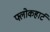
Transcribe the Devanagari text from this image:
फ्लोकहार्ट